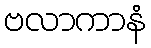
ဗလာကာနံ